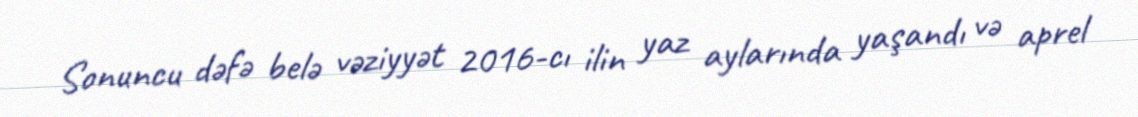
Sonuncu dəfə belə vəziyyət 2016-cı ilin yaz aylarında yaşandı və aprel